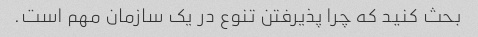
بحث کنید که چرا پذیرفتن تنوع در یک سازمان مهم است.